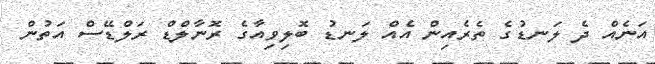
އަނެއް ދެ ލަނޑުގެ ތެރެއިން އެއް ލަނޑު ބޮލިވިއާގެ ރޮނާލްޑް ރަލްޑޭސް އަތުން